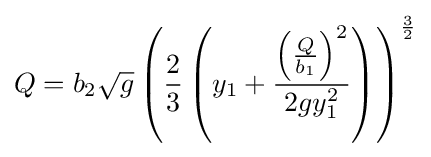
Q=b_{2}{\sqrt {g}}\left({\frac {2}{3}}\left(y_{1}+{\frac {\left({\frac {Q}{b_{1}}}\right)^{2}}{2gy_{1}^{2}}}\right)\right)^{\frac {3}{2}}